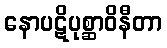
နောပဋိပုစ္ဆာဝိနီတာ